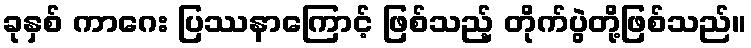
ခုနှစ် ကာဂေး ပြဿနာကြောင့် ဖြစ်သည့် တိုက်ပွဲတို့ဖြစ်သည်။